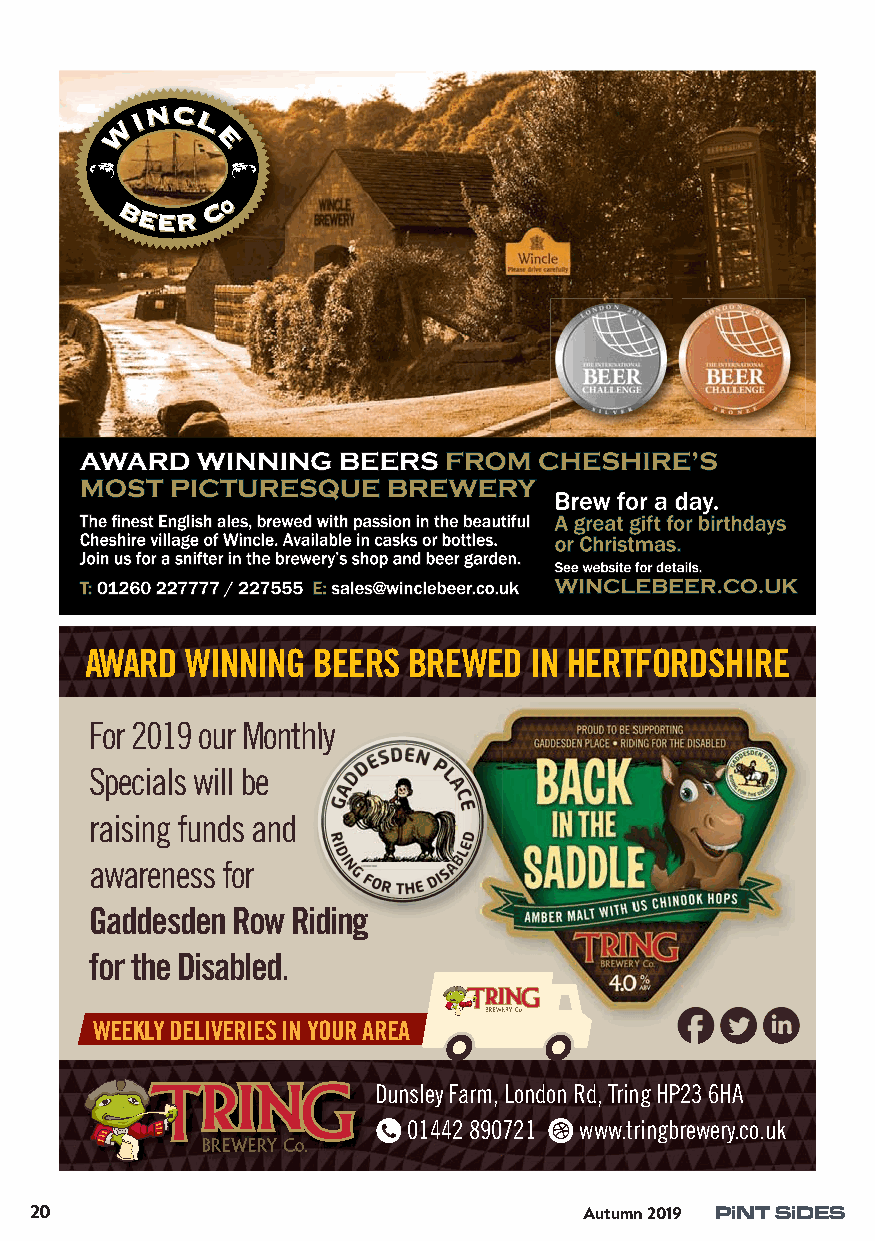
AWARD WINNING  BEERS BREWED  IN HERTFORDSHIRE
 For 2019 our Monthhllyy
 Specials will be
 raising funds and
 awareness for
 Gaddesden Row Riiddiinngg
 for the Disabled.
 WEEKLY DELIVERIES IN YOUR AREA
 Dunsley Farm, London Rd, Tring HP23 6HA
 N 01442 890721 D www.tringbrewery.co.uk
 20                                   Autumn 2019 PiNT SiDES